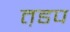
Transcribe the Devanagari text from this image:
त़डप